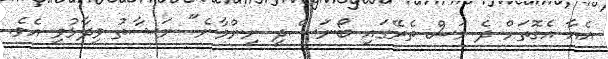
އެއާ އެގޮތަށް ދެ މަސް ތެރޭގައި ބޯނަސްދީ ނިންމާނެ" ނަޝާތު ވިދާޅުވި އެވެ.